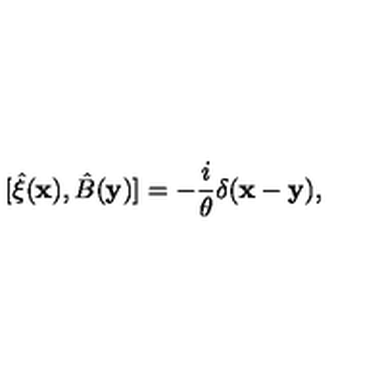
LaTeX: [ { \hat { \xi } } ( { \bf x } ) , { \hat { B } } ( { \bf y } ) ] = - { \frac { i } { \theta } } \delta ( { \bf x } - { \bf y } ) ,